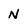
Character: N